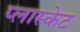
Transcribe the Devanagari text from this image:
प्लास्केट